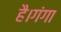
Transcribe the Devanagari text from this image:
है।गंगा